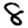
Digit: 8